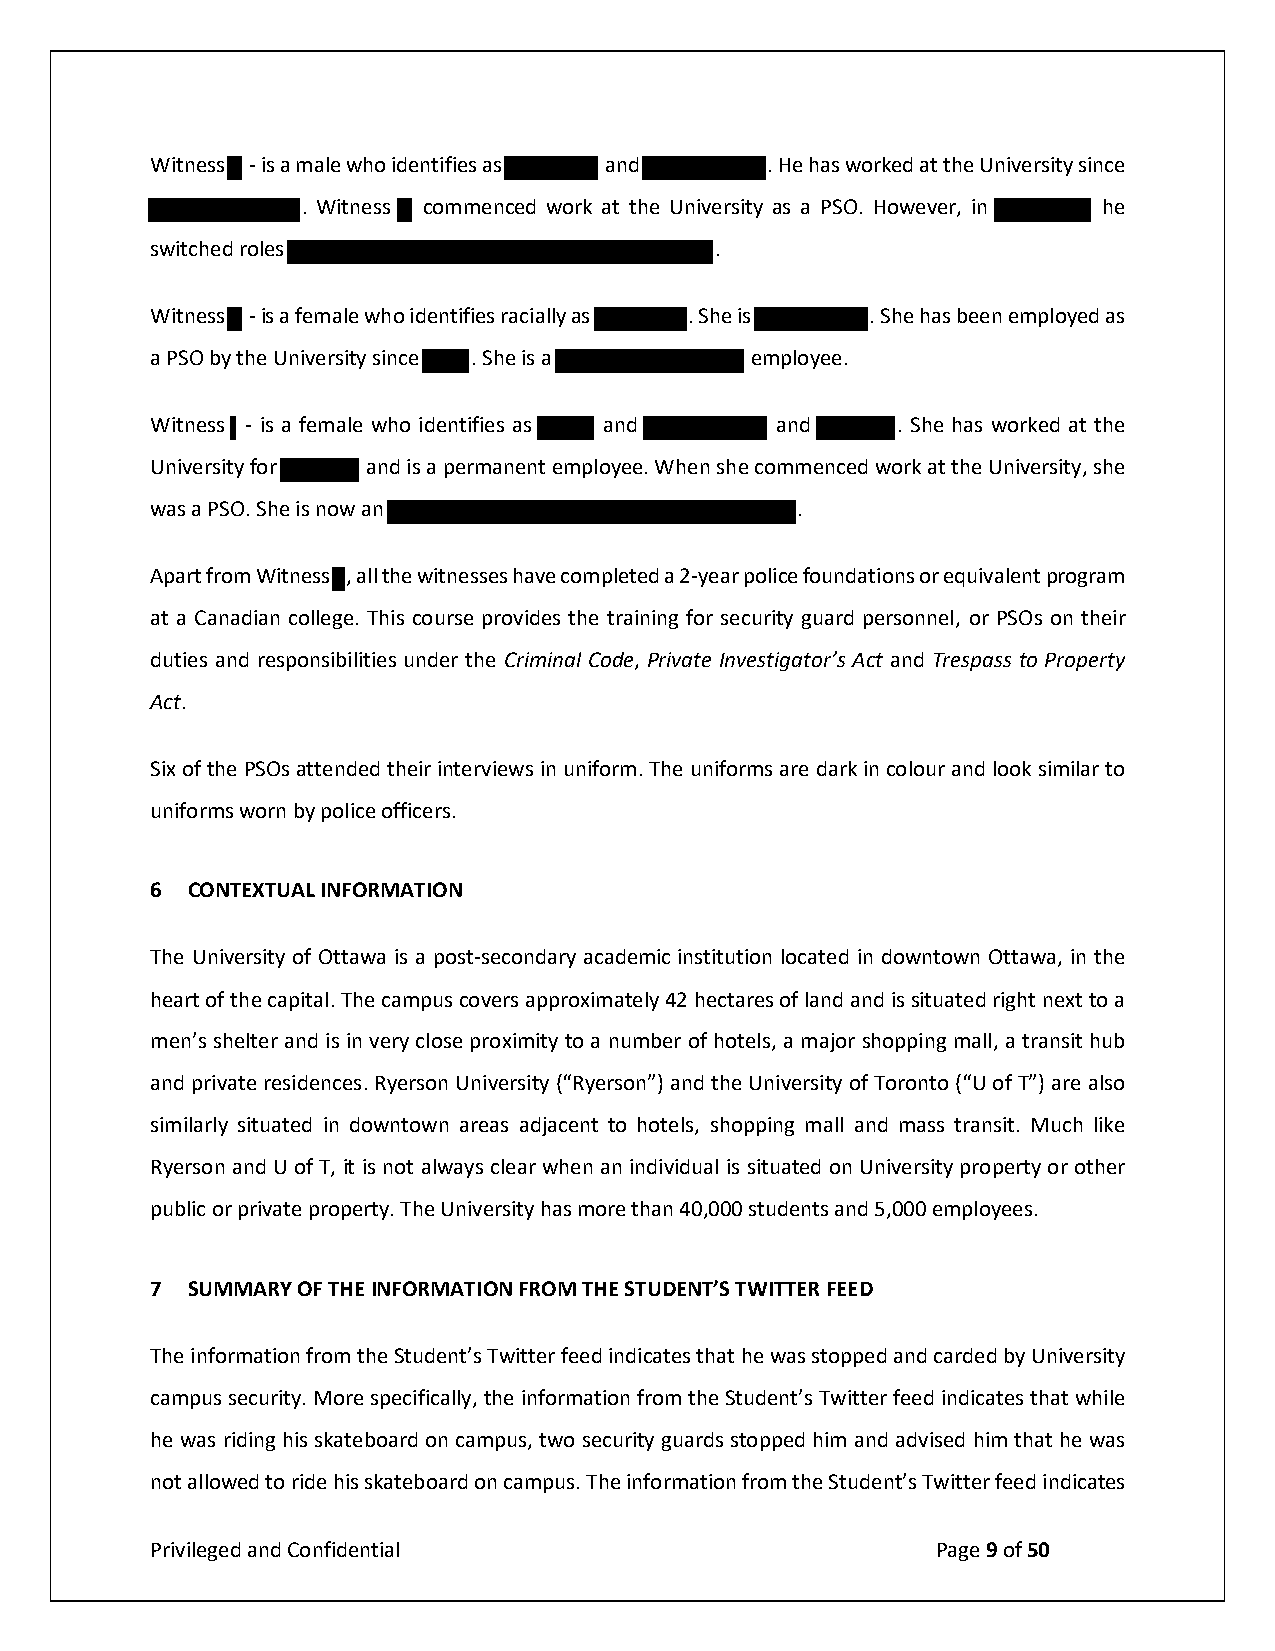
Witness - is a male who identifies as and . He has worked at the University since
 . Witness commenced work at the University as a PSO. However, in he
 switched roles                       .
 Six of the PSOs attended their interviews in uniform. The uniforms are dark in colour and look similar to
 uniforms worn by police officers.
 6 CONTEXTUAL INFORMATION
 The University of Ottawa is a post-secondary academic institution located in downtown Ottawa, in the
 heart of the capital. The campus covers approximately 42 hectares of land and is situated right next to a
 men’s shelter and is in very close proximity to a number of hotels, a major shopping mall, a transit hub
 and private residences. Ryerson University (“Ryerson”) and the University of Toronto (“U of T”) are also
 similarly situated in downtown areas adjacent to hotels, shopping mall and mass transit. Much like
 Ryerson and U of T, it is not always clear when an individual is situated on University property or other
 public or private property. The University has more than 40,000 students and 5,000 employees.
 7 SUMMARY OF THE INFORMATION FROM THE STUDENT’S TWITTER FEED
 The information from the Student’s Twitter feed indicates that he was stopped and carded by University
 campus security. More specifically, the information from the Student’s Twitter feed indicates that while
 he was riding his skateboard on campus, two security guards stopped him and advised him that he was
 not allowed to ride his skateboard on campus. The information from the Student’s Twitter feed indicates
 Privileged and Confidential                         Page 9 of 50
 Witness - is a female who identifies racially as . She is . She has been employed as
 a PSO by the University since . She is a employee.
 Witness - is a female who identifies as and and . She has worked at the
 University for and is a permanent employee. When she commenced work at the University, she
 was a PSO. She is now an .
 Apart from Witness , all the witnesses have completed a 2-year police foundations or equivalent program
 at a Canadian college. This course provides the training for security guard personnel, or PSOs on their
 duties and responsibilities under the Criminal Code, Private Investigator’s Act and Trespass to Property
 Act.